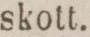
skott.